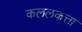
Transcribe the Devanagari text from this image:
कललकत्ता